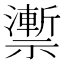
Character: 𥜙